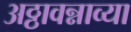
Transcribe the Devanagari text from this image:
अठ्ठावन्नाव्या